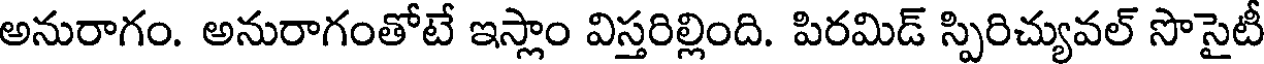
అనురాగం. అనురాగంతోటే ఇస్లాం విస్తరిల్లింది. పిరమిడ్ స్పిరిచ్యువల్ సొసైటీ